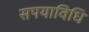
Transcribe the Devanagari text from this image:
सपयाविधि